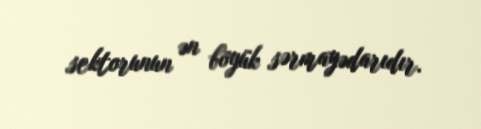
sektorunun ən böyük sərmayədarıdır.